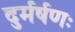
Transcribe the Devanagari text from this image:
दुर्मर्षणः